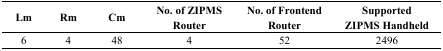
<table><thead><tr><td><b>Lm</b></td><td><b>Rm</b></td><td><b>Cm</b></td><td><b>No. of ZIPMSRouter</b></td><td><b>No. of FrontendRouter</b></td><td><b>SupportedZIPMS Handheld</b></td></tr></thead><tbody><tr><td>6</td><td>4</td><td>48</td><td>4</td><td>52</td><td>2496</td></tr></tbody></table>